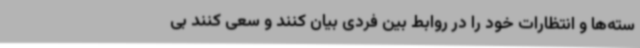
سته‌ها و انتظارات خود را در روابط بین فردی بیان کنند و سعی کنند بی